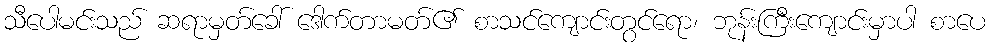
သီပေါမင်းသည် ဆရာမှတ်ခေါ် ဒေါက်တာမတ်၏ စာသင်ကျောင်းတွင်ရော၊ ဘုန်းကြီးကျောင်းမှာပါ စာပေ